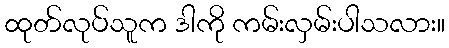
ထုတ်လုပ်သူက ဒါကို ကမ်းလှမ်းပါသလား။